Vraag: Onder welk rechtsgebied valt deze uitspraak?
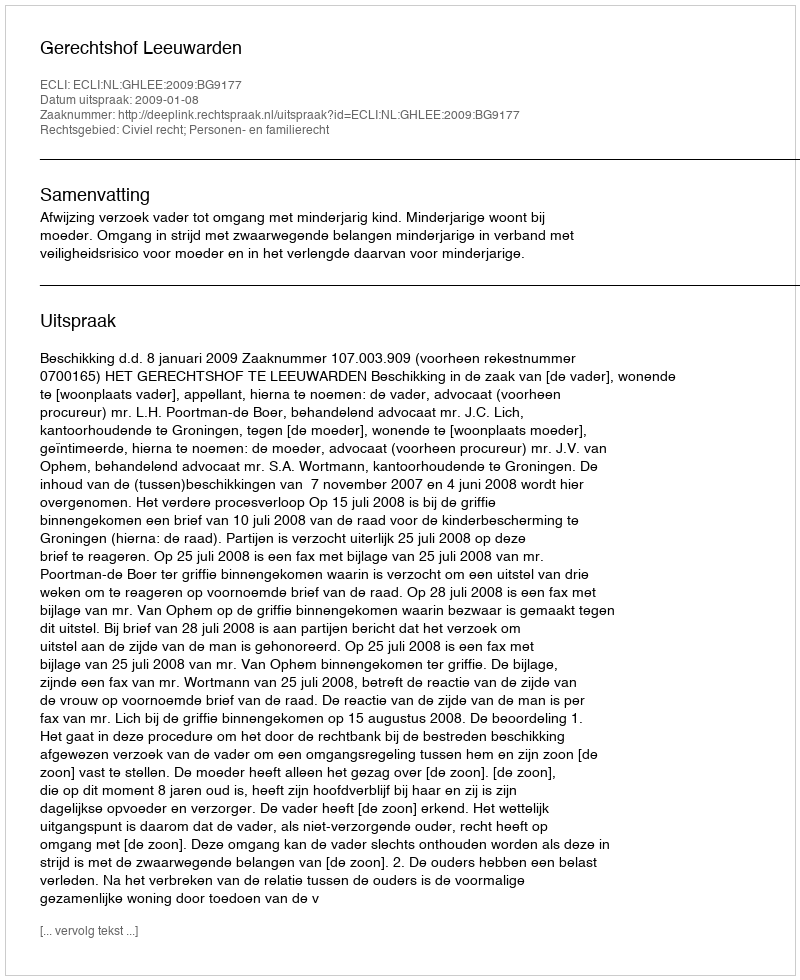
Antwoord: Civiel recht; Personen- en familierecht